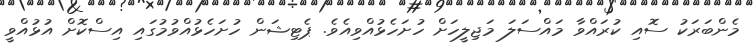
މެންބަރަކު ސޮއި ކުރައްވާ މައްސަލަ މަޖިލީހަށް ހުށަހެޅުއްވިއެވެ. ޕެޓިޝަން ހުށަހެޅުއްވުމުގައި އިސްކޮށް އުޅުއްވީ